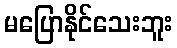
မပြောနိုင်သေးဘူး